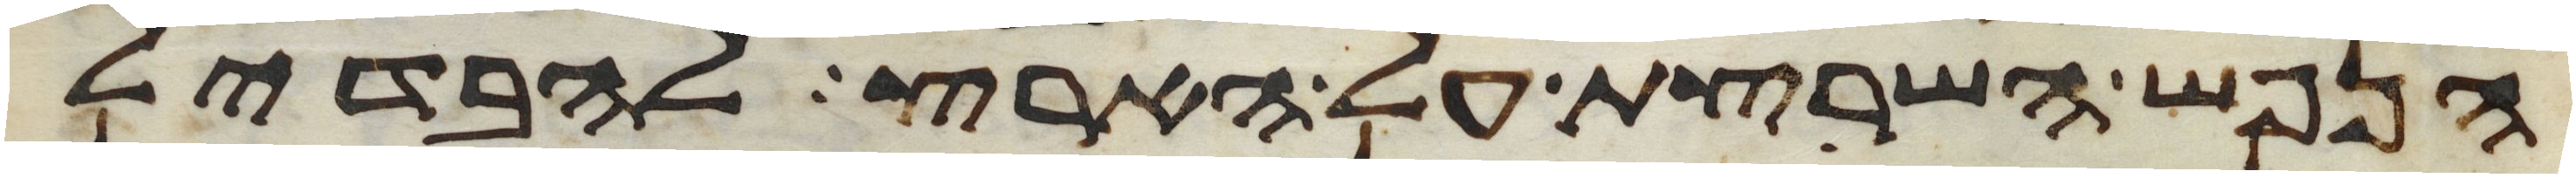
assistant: הנפש השרצת על הארץ להבדיל